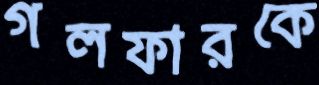
গলফারকে